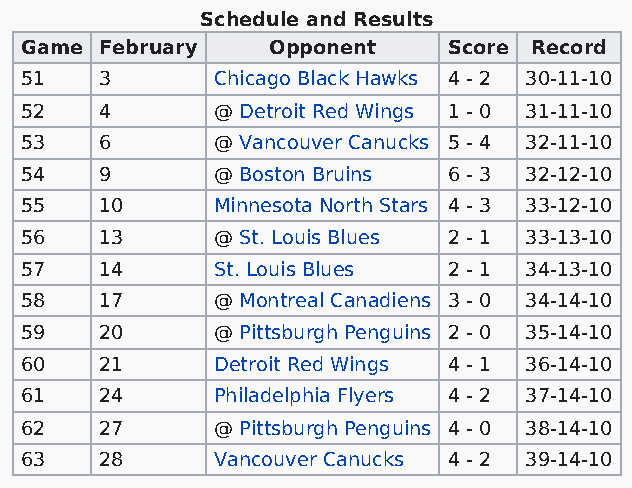
Schedule and Results
 Game  February   Opponent    Score Record
 51    3      Chicago Black Hawks 4 - 2 30-11-10
 52    4      @ Detroit Red Wings 1 - 0 31-11-10
 53    6      @ Vancouver Canucks 5 - 4 32-11-10
 54    9      @ Boston Bruins 6 - 3 32-12-10
 55    10     Minnesota North Stars 4 - 3 33-12-10
 56    13     @ St. Louis Blues 2 - 1 33-13-10
 57    14     St. Louis Blues 2 - 1 34-13-10
 58    17     @ Montreal Canadiens 3 - 0 34-14-10
 59    20     @ Pittsburgh Penguins 2 - 0 35-14-10
 60    21     Detroit Red Wings 4 - 1 36-14-10
 61    24     Philadelphia Flyers 4 - 2 37-14-10
 62    27     @ Pittsburgh Penguins 4 - 0 38-14-10
 63    28     Vancouver Canucks 4 - 2 39-14-10